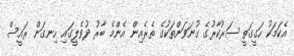
އެކަމަކު ހަގީގަތީ ސަރުކާރުގެ ގުނަވަންތަކުގެ ތެރެއިން އެންމެ ބާރު ދުވެލީގައި ހިނގަން ރައީސް